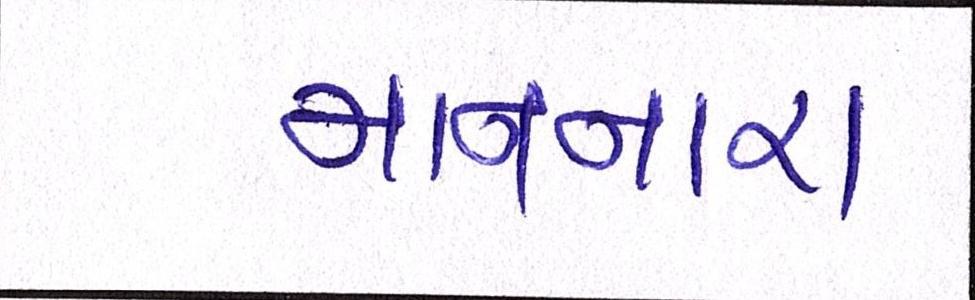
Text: માનનારા